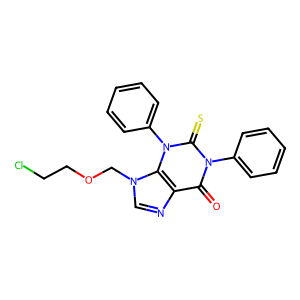
SMILES: O=c1c2ncn(COCCCl)c2n(-c2ccccc2)c(=S)n1-c1ccccc1
Inhibits HIV replication: No